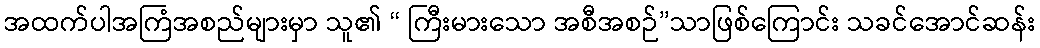
အထက်ပါအကြံအစည်များမှာ သူ၏ “ ကြီးမားသော အစီအစဉ်”သာဖြစ်ကြောင်း သခင်အောင်ဆန်း